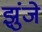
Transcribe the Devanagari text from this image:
झुंजे